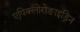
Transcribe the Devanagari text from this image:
एपिक्लोरोङाइड्रिन